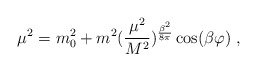
\begin{align*}\mu^2=m_0^2+m^2({\frac {\mu^2}{M^2}})^ {{\frac {\beta^2}{8\pi}}}\cos(\beta\varphi) \;,\end{align*}